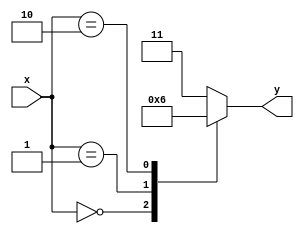
module x_case_statement (
    input wire [3:0] x,
    output reg [1:0] y
);

always @(x) begin
    case (x)
        4'b0000: y = 2'b00; // case when x is 0000
        4'b0001: y = 2'b01; // case when x is 0001
        4'b0010: y = 2'b10; // case when x is 0010
        default: y = 2'b11;  // default case when x does not match any of the above cases
    endcase
end

endmodule